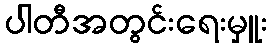
ပါတီအတွင်းရေးမှူး